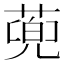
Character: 蔸